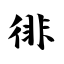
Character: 徘